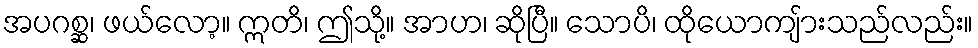
အပဂစ္ဆ၊ ဖယ်လော့။ ဣတိ၊ ဤသို့။ အာဟ၊ ဆိုပြီ။ သောပိ၊ ထိုယောကျ်ားသည်လည်း။